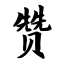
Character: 赞